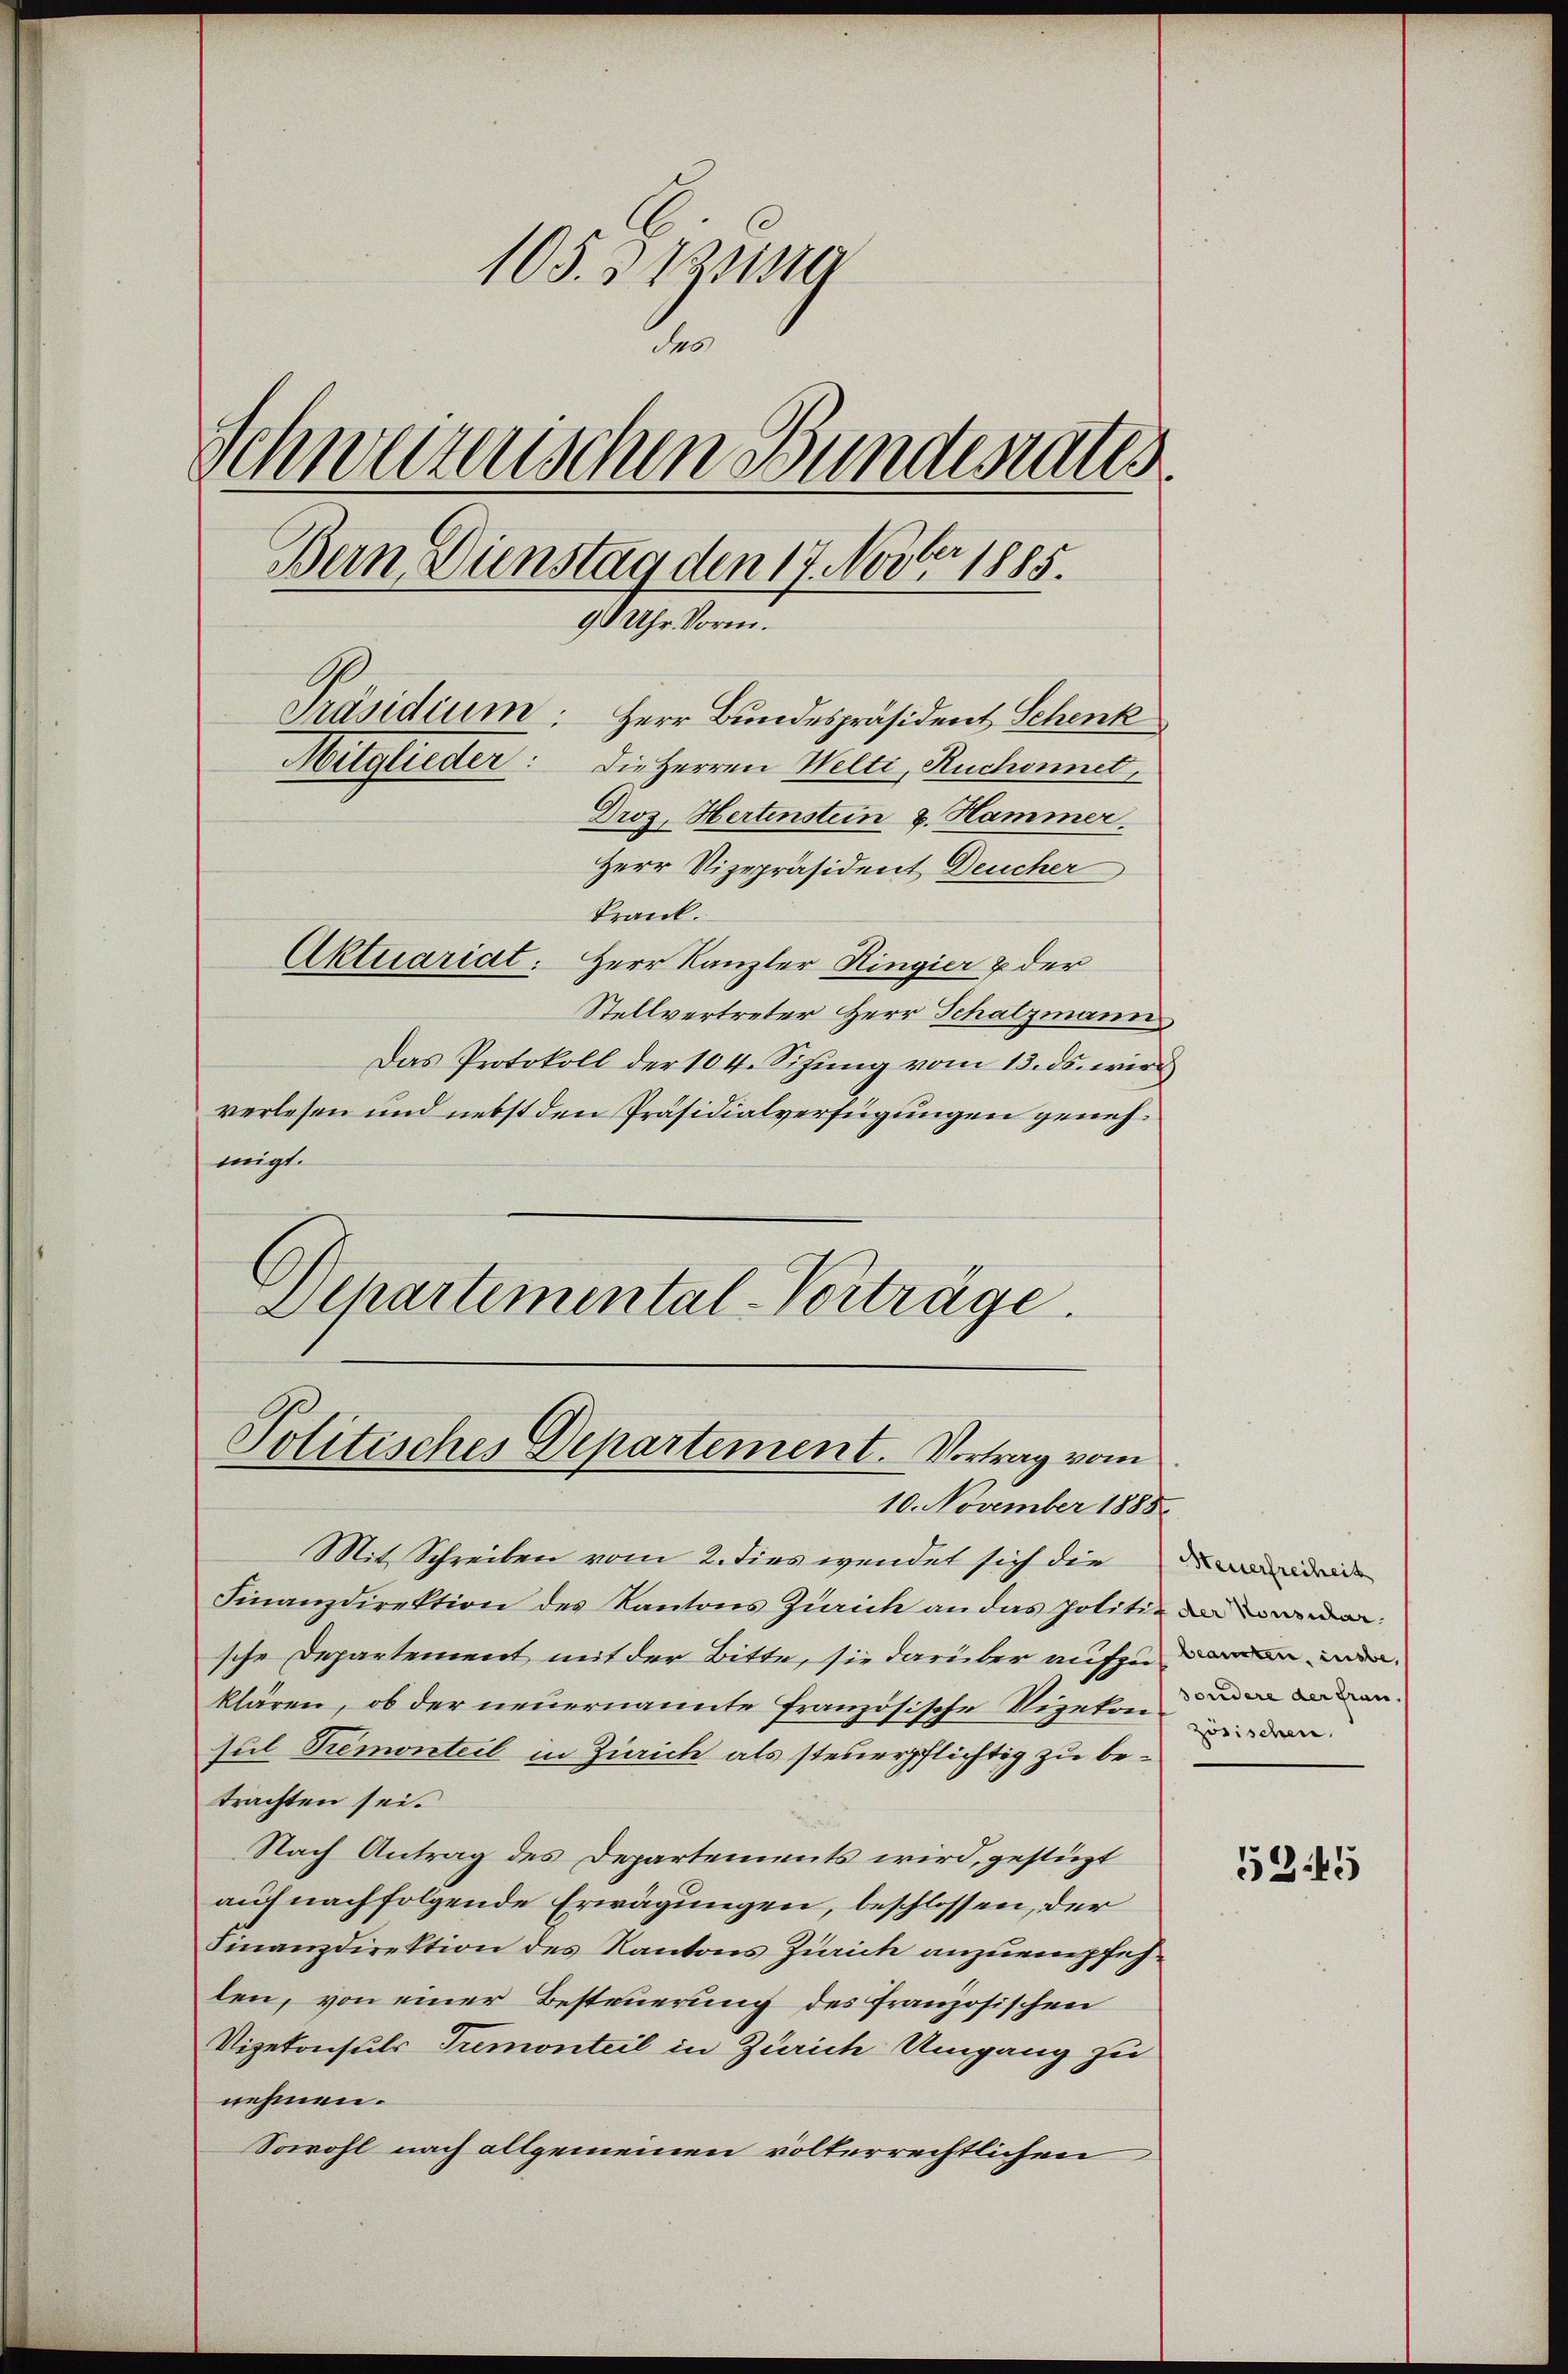
105. 375 189
o
Schweizerischen Bundesrates
Bern Dienstag den 17. Novber 1885.
90 Uhr Vorm.
Präsidium. Herr Bundespräsident Schenk
Mitglieder: Die Herren Welti, Ruchonnet,
Droz. Hertenstein v. Hammer.
Herr Vizepräsident Deucher

krank.
Aktuariat: Herr Kanzler Hingier & der
Stellvertreter Herr Schatzmann
Das Protokoll der 104. Sitzung vom 13. ds. wird
verlesen und nebst den Präsidialverfügungen genehmigt.
Departimental-Vorträge.

Politisches Departement. Vortrag vom
10. November 1885

Mit Schreiben vom 2. dies wendet sich die
Finanzdirektion des Kantons Zürich an das politi-
sche Departement mit der Bitte, sie darüber aufzune
klären, ob der neuernannte französische Vizekon
sul Premonteil in Zürich als steuerpflichtig zu betrachten sei.
Nach Antrag des Departements wird, gestüzt
auf nachfolgende Erwägungen, beschlossen, der
Finanzdirektion des Kantons Zürich anzuempfehlen, von einer Besteuerung des französischen
Vizekonsuls Tremonteil in Zürich Umgang zu
nehmen.
Sowohl nach allgemeinen volterrechtlichen

Steuerfreiheit
sondere der Frau.
zösischen.

5345